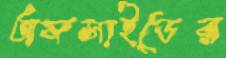
অফসাইডের